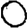
Digit: 0